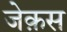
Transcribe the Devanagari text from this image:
जेक़स